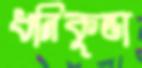
ধনিকুন্ডা